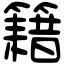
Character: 籍